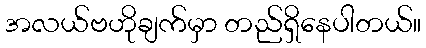
အလယ်ဗဟိုချက်မှာ တည်ရှိနေပါတယ်။